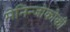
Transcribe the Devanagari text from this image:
मेनिन्जोकोकी